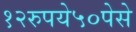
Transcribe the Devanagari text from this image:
१२रुपये५०पेसे